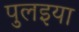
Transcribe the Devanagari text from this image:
पुलइया